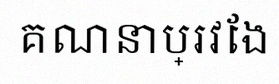
គណនាប្រវែង